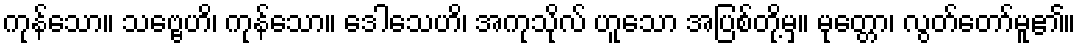
ကုန်သော။ သဗ္ဗေဟိ၊ ကုန်သော။ ဒေါသေဟိ၊ အကုသိုလ် ဟူသော အပြစ်တို့မှ။ မုတ္တော၊ လွတ်တော်မူ၏။